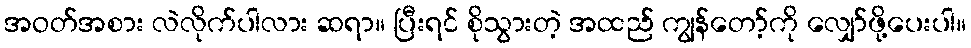
အဝတ်အစား လဲလိုက်ပါလား ဆရာ။ ပြီးရင် စိုသွားတဲ့ အထည် ကျွန်တော့်ကို လျှော်ဖို့ပေးပါ။